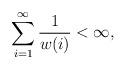
LaTeX: \begin{align*} \sum_{i =1 }^\infty \frac{1}{w(i)}<\infty,\end{align*}